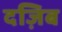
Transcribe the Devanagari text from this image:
दज़िब